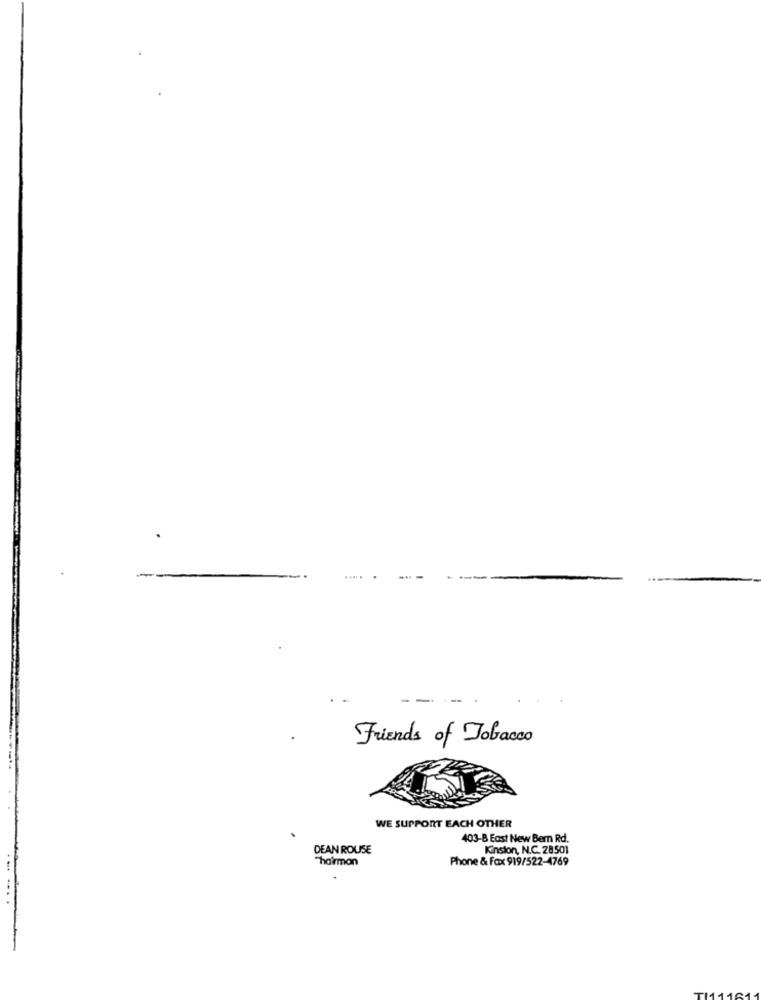
Friends of Tobacco
WE SUPPORT EACH OTHER
403-B East New Bern Rd.
DEAN ROUSE
Kinsion, N.C. 28501
Chairman
Phone & Fax 919/522-4769